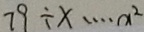
7 9 \div x \cdots x ^ { 2 }